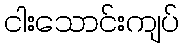
ငါးသောင်းကျပ်